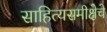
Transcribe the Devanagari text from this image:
साहित्यसमीक्षेचे